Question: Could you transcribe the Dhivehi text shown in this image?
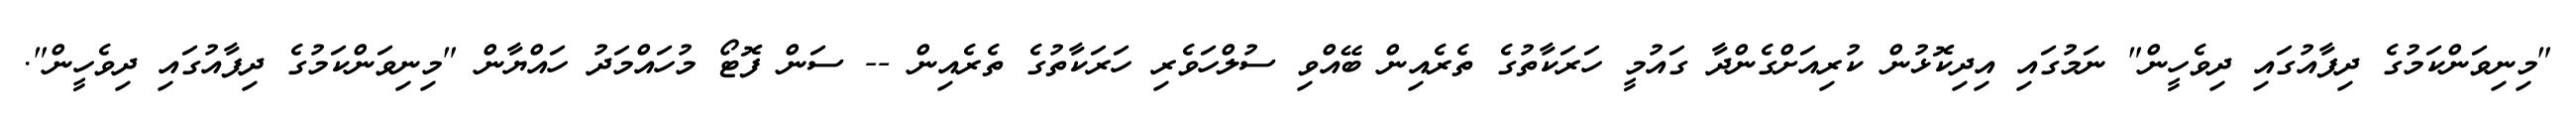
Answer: "މިނިވަންކަމުގެ ދިފާއުގައި ދިވެހީން" ނަމުގައި އިދިކޮޅުން ކުރިއަށްގެންދާ ގައުމީ ހަރަކާތުގެ ތެރެއިން ބޭއްވި ސުލްހަވެރި ހަރަކާތުގެ ތެރެއިން -- ސަން ފޮޓޯ މުހައްމަދު ހައްޔާން "މިނިވަންކަމުގެ ދިފާއުގައި ދިވެހީން".